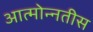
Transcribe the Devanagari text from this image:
आत्मोन्नतीस